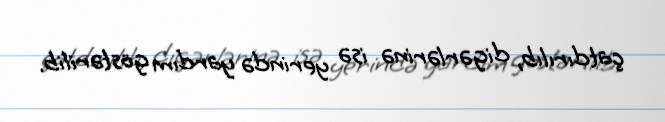
çatdırılıb, digərlərinə isə yerində yardım göstərilib.